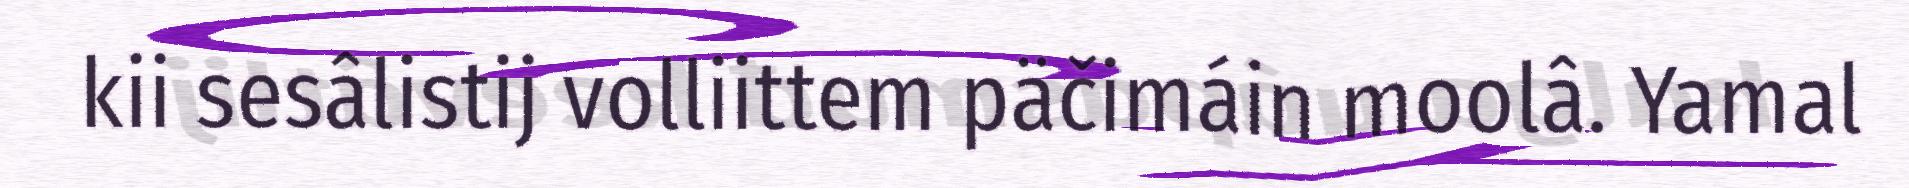
kii sesâlistij volliittem päčimáin moolâ. Yamal